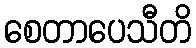
စေတာပေသီတိ